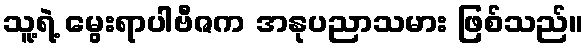
သူ့ရဲ့ မွေးရာပါဗီဇက အနုပညာသမား ဖြစ်သည်။